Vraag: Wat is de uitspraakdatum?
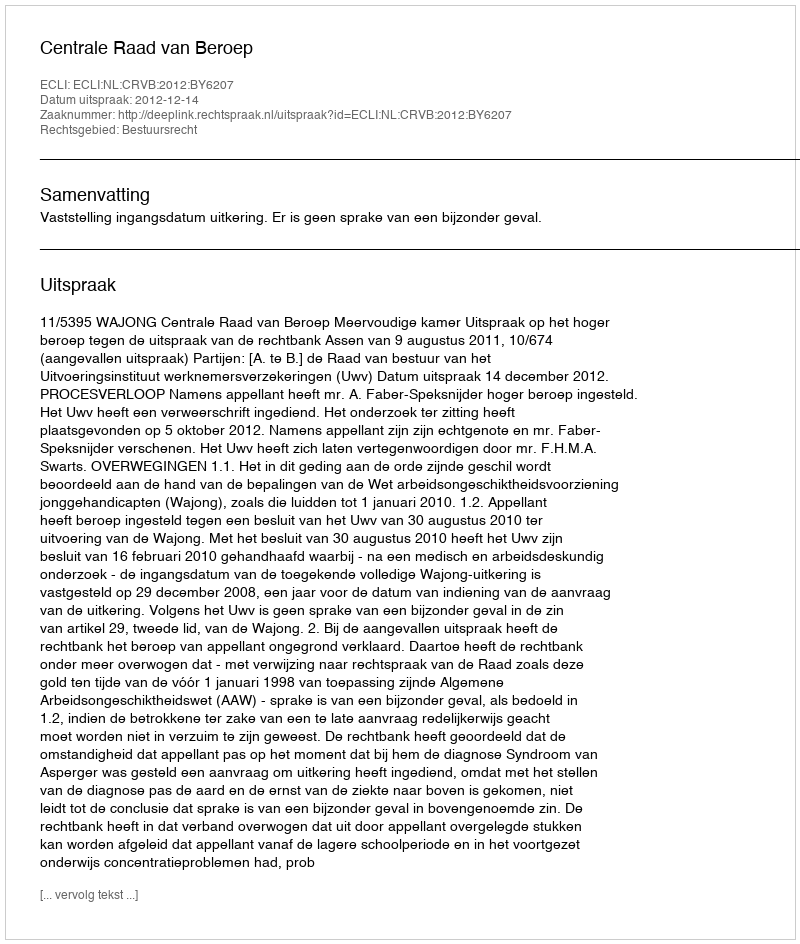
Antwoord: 2012-12-14